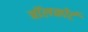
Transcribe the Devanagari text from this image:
बॉलकोर्ट